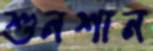
শুনশান